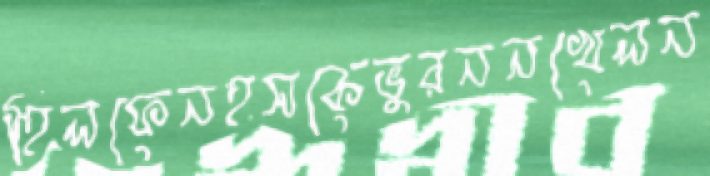
হিলফেনহসকেভুরননখেলন